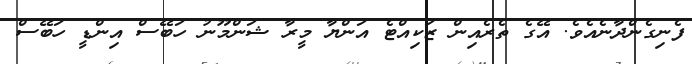
ފެނިގެންދާނެއެވެ. އޭގެ ތެރެއިން ޒަކިއްޓެ އަންޔާ މީރާ ޝަންމޫނު ހަބޭސް އިންޑީ ހަބޭސް